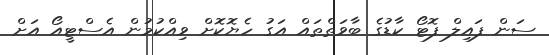
ސަން ފައިލް ފޮޓޯ ކާޑުގެ ބާވަތްތައް އަގު ހެޔޮކޮށް ވިއްކުމުން އެސްޓީއޯ އަށް